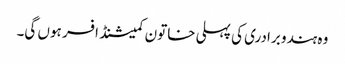
وہ ہندو برادری کی پہلی خاتون کمیشنڈ افسر ہوں گی۔